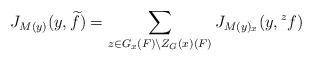
LaTeX: \begin{align*}\displaystyle J_{M(y)}(y,\widetilde{f})=\sum_{z\in G_x(F)\backslash Z_G(x)(F)} J_{M(y)_x}(y,{}^zf)\end{align*}